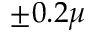
\pm 0 . 2 \mu